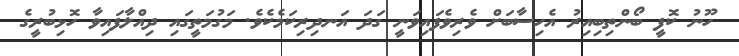
ހޫނު ކޮފީ ބޯންތިބިއިރު އެހިސާބަށް ވެރިވެފައިވަނީ ގަދަ އަނދިރިކަމެކެވެ. މަގުމަތީގައި ދިއްލާފައިވާ ހޮޅިބުރީގެ